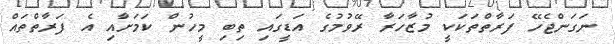
ނަގަންޖެހޭ ފަރާތްތަކަކީ މުޒާހަރާ ރޭވުމުގެ އަޑީގައި ތިބި މީހުން ކަމަށާއި އެ ފަރާތްތައް